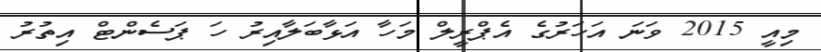
މިއީ 2015 ވަނަ އަހަރުގެ އެޕްރީލް މަހާ އަޅާބަލާއިރު ހަ ޕަސެންޓް އިތުރު